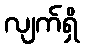
လျက်ရှိ